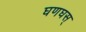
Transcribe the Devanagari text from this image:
घणघस्